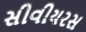
સીવીયરસ